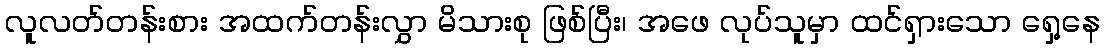
လူလတ်တန်းစား အထက်တန်းလွှာ မိသားစု ဖြစ်ပြီး၊ အဖေ လုပ်သူမှာ ထင်ရှားသော ရှေ့နေ